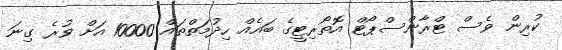
ކުރިން ވެސް ޓްރާންސްޕޯޓް އޮތޯރިޓީގެ ބައެއް ހިދުމަތްތައް 10000 އަށް ވުރެ ގިނަ